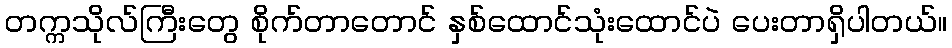
တက္ကသိုလ်ကြီးတွေ စိုက်တာတောင် နှစ်ထောင်သုံးထောင်ပဲ ပေးတာရှိပါတယ်။